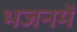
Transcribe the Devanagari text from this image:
भजनमें